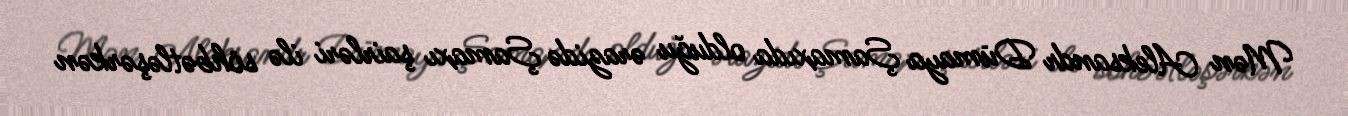
Mən Aleksandr Dümaya Şamaxıda olduğu ərazidə Şamaxı şairləri ilə söhbətləşərkən